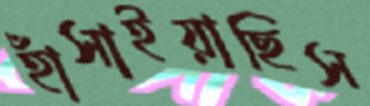
হাঁসাইয়াছিস